Lunatic asylums Central Provinces reports 1874-1885 - 1874-1885
Year: 1874
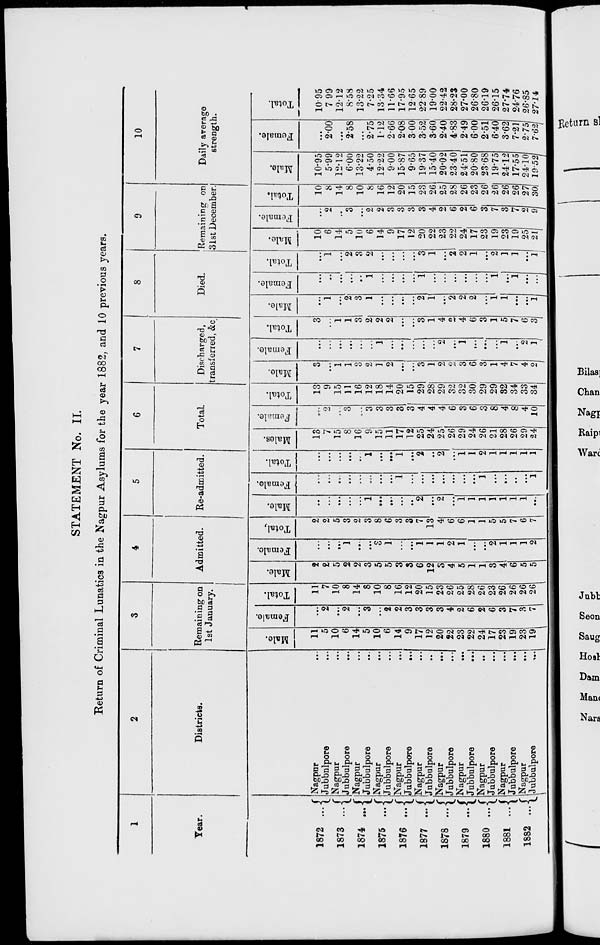
STATEMENT No. II.
Return of Criminal Lunatics in the Nagpur Asylums for the year 1882, and 10 previous years.
1
Year.
1872 ...
1873 ...
1874 ...
1875 ...
1876 ...
1877 ...
1878 ...
1879 ...
1880 ...
1881 ...
1882 ...
2
Districts.
Nagpur
...
Jubbulpore ...
Nagpur ...
Jubbulpore ...
Nagpur ...
Jubbulpore ...
Nagpur ...
Jubbulpore ...
Nagpur ...
Jubbulpore
...
Nagpur ...
Jubbulpore ...
Nagpur
...
Jubbulpore ...
Nagpur
...
Jubbulpore
...
Nagpur ...
Jubbulpore ...
Nagpur ...
Jubbulpore
...
Nagpur
...
Jubbulpore
...
3
Remaining on
1st January.
Male.
11
5
10
6
14
5
10
6
14
9
17
12
20
22
23
22
24
17
23
19
23
19
Female.
...
2
...
2
...
3
...
2
2
3
3
3
3
4
2
6
2
6
3
7
3
7
Total.
11
7
10
8
14
8
10
8
16
12
20
15
23
26
25
28
26
23
26
26
26
26
4
Admitted.
Male.
2
2
5
2
2
3
5
5
3
3
6
12
3
4
5
1
1
3
4
6
5
5
Female.
...
...
...
1
...
...
3
1
...
...
1
1
1
2
1
...
...
2
1
1
1
2
Total.
2
2
5
3
2
3
8
6
3
3
7
13
4
6
6
1
1
5
5
7
6
7
5
Re-admitted.
Male.
...
...
...
...
...
1
...
...
...
...
2
...
2
...
1
1
1
1
1
1
1
...
Female.
...
...
...
...
...
...
...
...
1
...
...
...
...
...
...
...
1
...
...
...
...
1
Total.
...
...
...
...
...
1
...
...
1
...
2
...
2
...
1
1
2
1
1
1
1
1
6
Total.
Males.
13
7
15
8
16
9
15
11
17
12
25
24
25
26
29
24
26
21
28
26
29
24
Female.
...
2
...
3
...
3
3
3
3
3
4
4
4
6
3
6
3
8
4
8
4
10
Total.
13
9
15
11
16
12
18
14
20
15
29
28
29
32
32
30
29
29
32
34
33
34
7
Discharged,
transferred, &c.
Male.
3
...
1
1
3
2
1
2
...
...
3
1
2
2
3
6
3
1
4
7
4
2
Female.
...
...
...
...
...
...
1
...
...
...
...
...
2
...
1
...
...
...
1
...
2
1
Total.
3
...
1
1
3
2
2
2
...
...
3
1
4
2
4
6
3
1
5
7
6
3
8
Died.
Male.
...
1
...
2
3
1
...
...
...
...
2
1
...
2
2
2
...
1
1
...
...
1
Female.
...
...
...
...
...
1
...
...
...
...
1
...
...
...
...
...
...
1
...
1
...
...
Total.
...
1
...
2
3
2
...
...
...
...
3
1
...
2
2
1
...
2
1
1
...
1
9
Remaining on
31st December.
Male.
10
6
14
5
10
6
14
9
17
12
20
22
23
22
24
17
23
19
23
19
25
21
Female.
...
2
...
3
...
2
2
3
3
3
3
4
2
6
2
6
3
7
3
7
2
9
Total.
10
8
14
8
10
8
16
12
20
15
23
26
25
28
26
23
26
26
26
26
27
30
10
Daily average
strength.
Male.
10.95
5.99
12.12
6.00
13.22
4.50
12.22
9.00
15.87
9.65
19.37
15.40
20.02
23.40
24.51
20.80
23.68
19.75
24.12
17.55
24.10
19.52
Female.
...
2.00
...
2.58
...
2.75
1.12
2.66
2.08
3.00
3.52
3.60
2.40
4.83
2.49
6.00
2.51
6.40
3.62
7.21
2.75
7.62
Total.
10.95
7.99
12.12
8.58
13.22
7.25
13.34
11.66
17.95
12.65
22.89
19.00
22.42
28.23
27.00
26.80
26.19
26.15
27.74
24.76
26.85
27.14